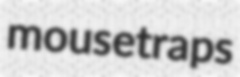
mousetraps